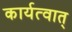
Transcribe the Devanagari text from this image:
कार्यत्वात्